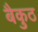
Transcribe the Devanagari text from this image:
बैकुठ